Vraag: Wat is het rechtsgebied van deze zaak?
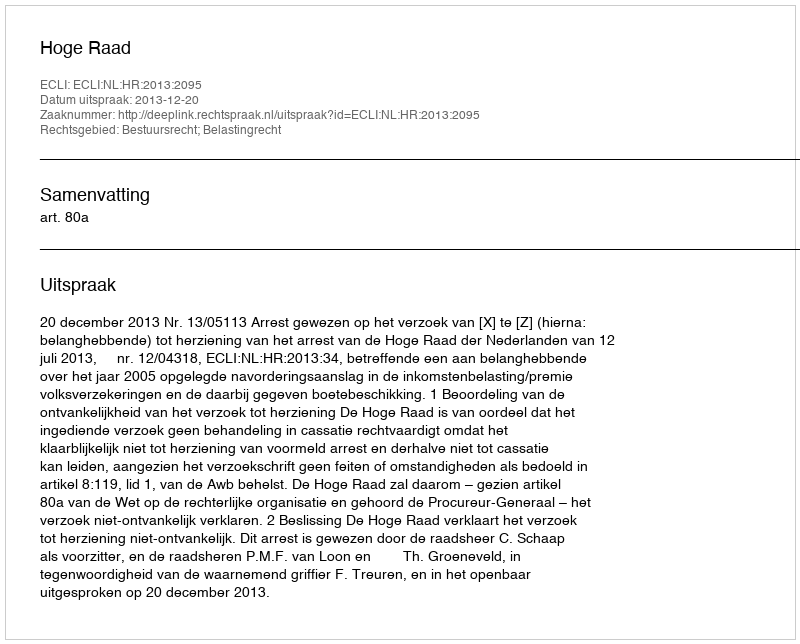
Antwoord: Bestuursrecht; Belastingrecht